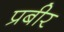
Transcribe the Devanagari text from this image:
प्रबीर